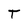
Character: T